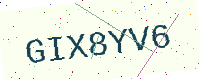
Text: GIX8YV6